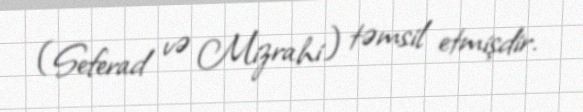
(Seferad və Mizrahi) təmsil etmişdir.